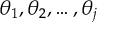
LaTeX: \theta _ { 1 } , \theta _ { 2 } , \ldots , \theta _ { j }